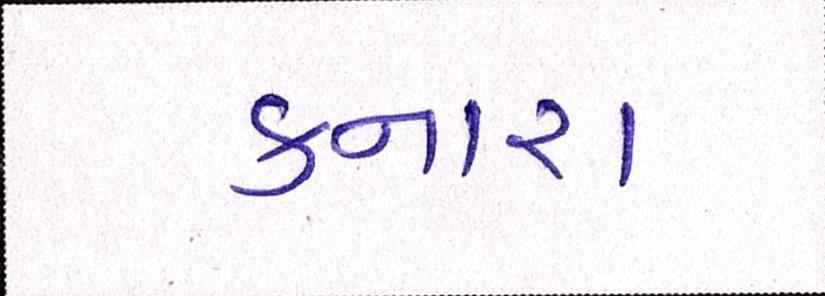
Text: કનારા